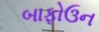
બાફોઉન